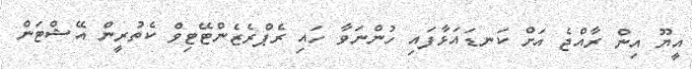
އީޔޫ އިން ރާއްޖެ އަށް ކަނޑައަޅާފައި ހުންނަވާ ހައި ރެޕްރެޒެންޓޭޓިވް ކެތުރީން އޭޝްޓަން